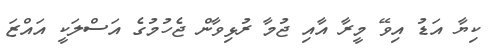
ކިޔާ އަޑު އިވޭ މީރާ އާއި ޖުމާ ރުޅިވާން ޖެހުމުގެ އަސްލަކީ އައްޒަ